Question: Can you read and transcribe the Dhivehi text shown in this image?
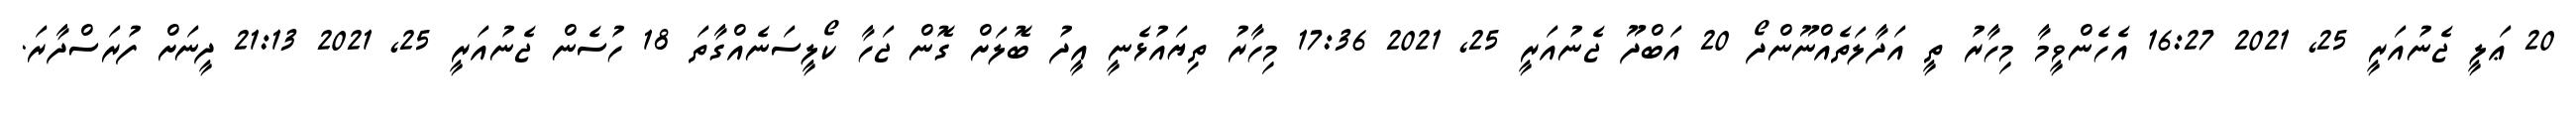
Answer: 20 ޢަލީ ޖެނުއަރީ 25, 2021 16:27 އެހެންވީމާ މިހާރު ތީ އަދާލަތެއްނޫންދޯ 20 އަބްދޫ ޖެނުއަރީ 25, 2021 17:36 މިހާރު ތިޔައުޅެނީ އީދު ބޮލަށް ގޮން ޖަހާ ކޯލީސަނެއްގާތަ 18 ހުސެން ޖެނުއަރީ 25, 2021 21:13 ދީނަށް ފުރަސްދާރަ.